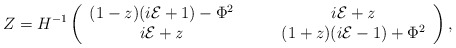
\begin{align*}\ Z=H^{-1}\left(\begin{array}{ccc}(1-z)(i\cal E \rm +1)-{\rm \Phi}^2 & \hspace{5mm} & i\cal E\it+z \\i\cal E\it+z & \hspace{5mm} & (1+z)(i\cal E \rm -1)+{\rm \Phi}^2 \\\end{array}\right),\end{align*}